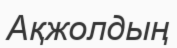
Ақжолдың